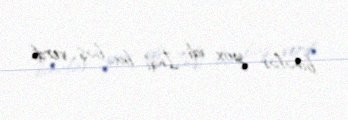
binalar yox idi. İndi bu baş verdi.